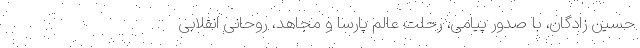
حسین زادگان، با صدور پیامی، رحلت عالم پارسا و مجاهد، روحانی انقلابی